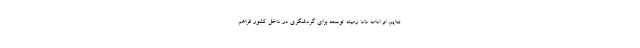
ته‌ایم. او ادامه داد: زمینه توسعه برای گردشگری در داخل کشور فراهم